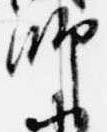
師